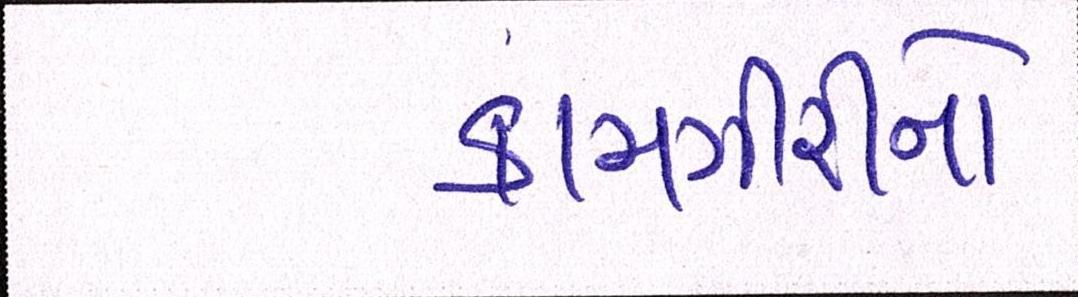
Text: કામગીરીનો